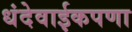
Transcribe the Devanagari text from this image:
धंदेवाईकपणा